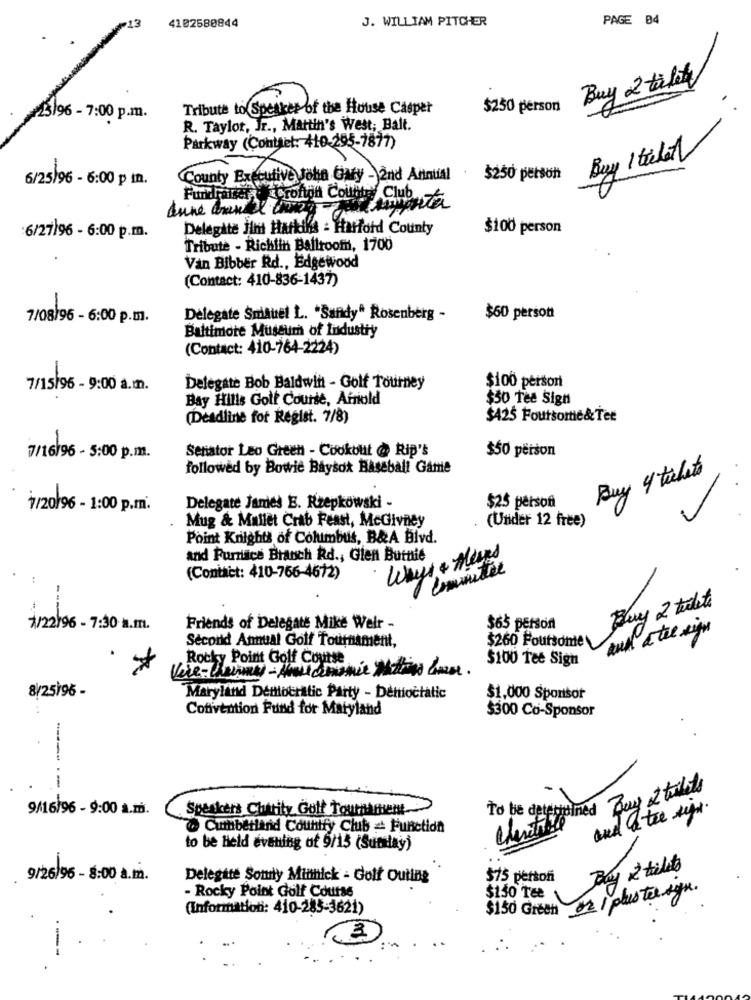
13
4102580844
J. WILLIAM PITCHER
PAGE B4
Buy & taletky
Tribute to Speaker of the House Casper
$250 person
23)96 - 7:00 p.m.
R. Taylor, Jr ., Martin's West; Balt.
Parkway (Contsel: 410-295-7877)
Buy 1 tilat
6/25/96 - 6:00 p In.
County Executive John Gary - 2nd Annual
$250 person
Fundraiser Croftgh Country Club
Delegate Jim Harkins = Harford County
$100 person
:6/27)96 - 6:00 p.m.
Tribute - Richiin Ballroom, 1700
Van Bibber Rd ., Edgewood
(Contact: 410-836-1437)
7/08/96 - 6:00 p.m.
Delegate SmiAuel L. "Sandy" Rosenberg -
$60 person
Baltimore Museum of Industry
(Contact: 410-764-2224)
7/15/96 - 9:00 a.m.
Delegate Bob Baldwin - Golf Tourney
$100 person
Bay Hills Golf Course, Afriold
$50 Tee Sign
(Deadline for Regist. 7/8)
$425 Foursome&Ter
Senator Leo Green - Cookout @ Rip's
$50 person
7/16/96 - 5:00 p.m.
followed by Bowie Baysok Baseball Game
Buy 4 tickets
7/20/96 - 1:00 p.m.
Delegate James E. Rzepkowski -
$25 person
Mug & Mallet Crab Feast, McGivney
(Under 12 free)
Point Knights of Columbus, B&A Blvd.
Ways + Meses
and Furnisce Branch Rd .; Glen Burnie
(Contact: 410-766-4672)
Buy 2 tulite
1/22/96 - 7:30 a.m.
Friends of Delegate Mike Weir -
$65 person
aul a the sign
$260 Foursome
Second Annual Golf Tournament,
Rocky Point Golf Course
$100 Tee Sign
Vive-Cheimer- Have demamie Matins Curse.
8/25196 -
Maryland Democratic Party - Democratic
$1,000 Sponsor
.+
Convention Fund for Maryland
$300 Co-Sponsor
-----
To be determined Boy 2 toilets
9/16/96 - 9:00 a.m.
Speakers Charity Golf Tournament
and & the sys.
Cumberland Country Club = Function
to be Held evening of 9/15 (Sumslay)
Bay & tilts
9/26/96 - 8:00 a.m.
Delegate Sony Minthick - Golf Outing
$75 person
- Rocky Point Golf Course
or / plus to syn.
$150 Te
(Information: 410-285-3621)
$150 Grech
3
---